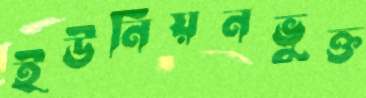
ইউনিয়নভুক্ত